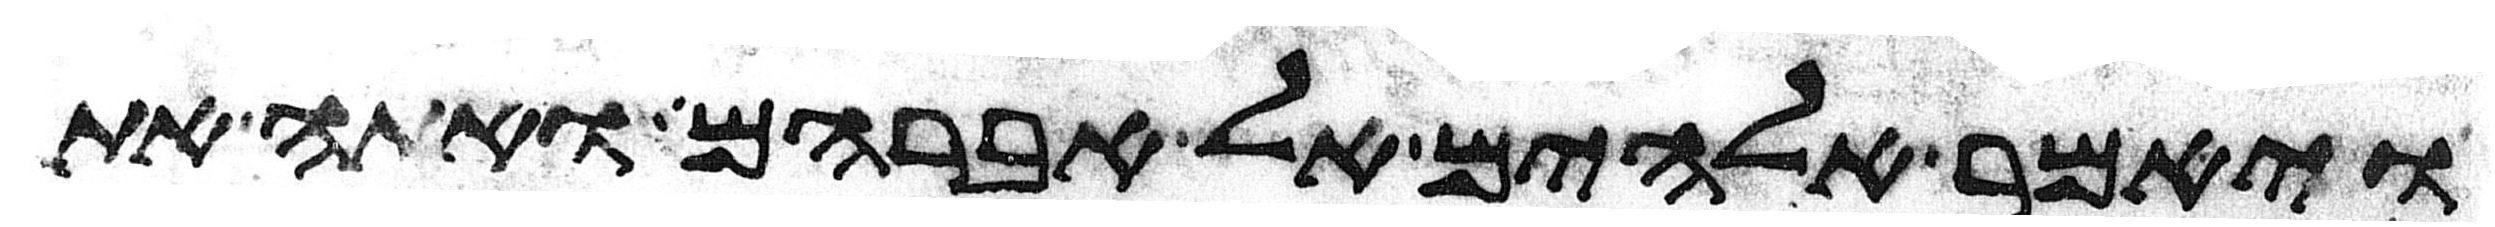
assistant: ויאמר אלהים אל אברהם ואתה את